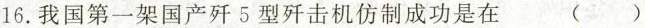
16.我国第一架国产歼5型歼击机仿制成功是在 ( )